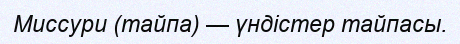
Миссури (тайпа) — үндістер тайпасы.